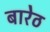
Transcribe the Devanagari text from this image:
बारेठ